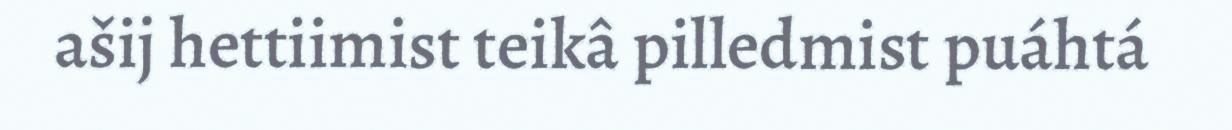
ašij hettiimist teikâ pilledmist puáhtá